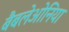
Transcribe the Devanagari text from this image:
बैबलेओनिया